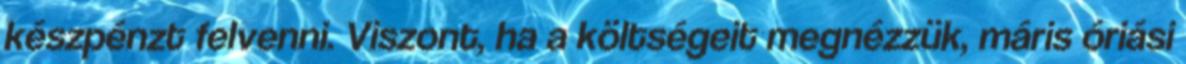
készpénzt felvenni. Viszont, ha a költségeit megnézzük, máris óriási